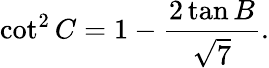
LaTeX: \cot^{2}C=1-{\frac{2\tan B}{\sqrt{7}}}.